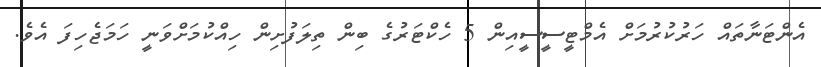
އެންޓަނާތައް ހަރުކުރުމަށް އެމްޓީސީސީއިން 5 ހެކްޓަރުގެ ބިން ތިލަފުށިން ހިއްކުމަށްވަނީ ހަމަޖެހިފަ އެވެ.